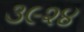
૩૯૨૪